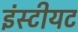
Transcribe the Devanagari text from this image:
इंस्टीयट